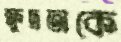
ক্ষুদ্রতাকে